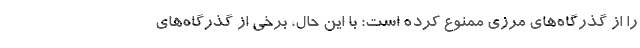
را از گذرگاه‌های مرزی ممنوع کرده است؛ با این حال، برخی از گذرگاه‌های